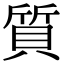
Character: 質